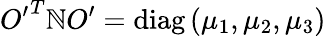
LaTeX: {O^{\prime}}^{T}{\cal\mathbb{N}}O^{\prime}=\mathrm{{diag}}\left(\mu_{1},\mu_{2},\mu_{3}\right)